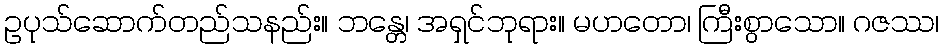
ဥပုသ်ဆောက်တည်သနည်း။ ဘန္တေ၊ အရှင်ဘုရား။ မဟတော၊ ကြီးစွာသော။ ဂဇဿ၊